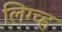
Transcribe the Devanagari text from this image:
लिग्च्ह